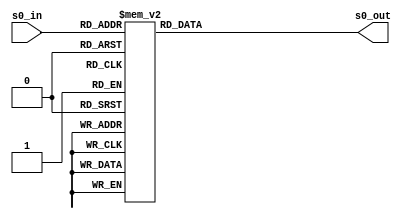
module SBoxEncrypt(s0_in,s0_out);
    input [3:0] s0_in;
    output [3:0] s0_out;

    reg [3:0] s0_out;
    
    always@(s0_in)
    begin
        case(s0_in)
            4'b0000: s0_out = 4'h9;
            4'b0001: s0_out = 4'h4;
            4'b0010: s0_out = 4'hA;
            4'b0011: s0_out = 4'hB;
            4'b0100: s0_out = 4'hD;
            4'b0101: s0_out = 4'h1;
            4'b0110: s0_out = 4'h8;
            4'b0111: s0_out = 4'h5;
            4'b1000: s0_out = 4'h6;
            4'b1001: s0_out = 4'h2;
            4'b1010: s0_out = 4'h0;
            4'b1011: s0_out = 4'h3;
            4'b1100: s0_out = 4'hC;
            4'b1101: s0_out = 4'hE;
            4'b1110: s0_out = 4'hF;
            4'b1111: s0_out = 4'h7;
        endcase
    end
endmodule